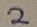
Text: 2